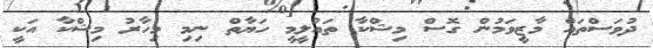
ދުވަސްތައް މާޒީވަމުން ގޮސް މިޝްކާ ތައުލީމީ ހަޔާތް ނިމި މިހާރު މިޝްކާ އަކީ